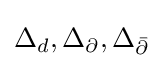
\Delta _{d},\Delta _{\partial },\Delta _{\bar {\partial }}